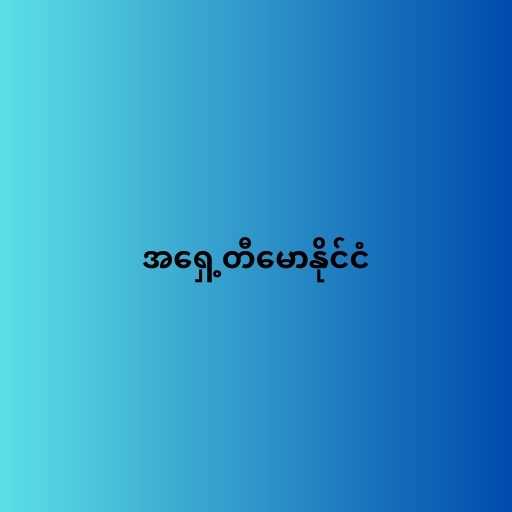
အရှေ့တီမောနိုင်ငံ